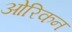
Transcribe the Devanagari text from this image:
ओरिकन